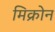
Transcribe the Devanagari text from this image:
मिक्रोन